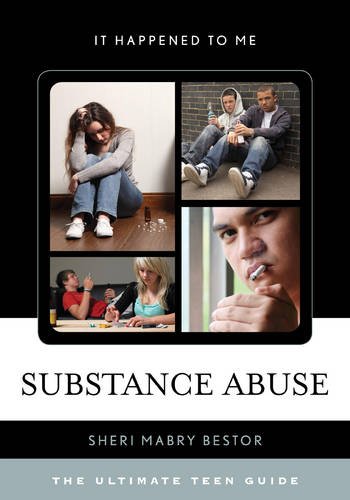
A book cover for Substance Abuse: The Ultimate Teen Guide (It Happened to Me); Sheri Mabry Bestor; Teen & Young Adult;